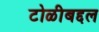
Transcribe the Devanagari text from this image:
टोळीबद्दल